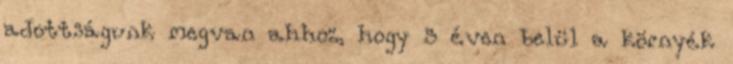
adottságunk megvan ahhoz, hogy 5 éven belül a környék